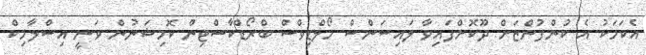
އެކަމަކު އެ ކުންފުންޏަށް ދޫކޮށްފައިވާ ލައިސަންސް މޯލްޑިވްސް ބްރޯޑްކާސްޓިން ކޮމިޝަނުން ވަނީ އިސްލާމިކް